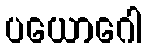
ပယောဂေါ